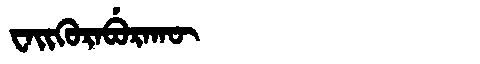
Manchu: ᠸᠠᡳᡴᡠᡵᠠᠪᡠᡵᠠᡴᡡ
Romanization: WAIKURABURAKŪ